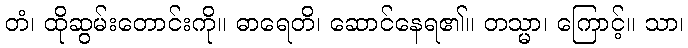
တံ၊ ထိုဆွမ်းတောင်းကို။ ဓာရေတိ၊ ဆောင်နေရ၏။ တသ္မာ၊ ကြောင့်။ သာ၊